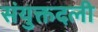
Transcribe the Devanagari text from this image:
संयुक्तदली